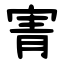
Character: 寈